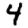
Digit: 4